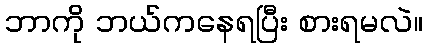
ဘာကို ဘယ်ကနေရပြီး စားရမလဲ။